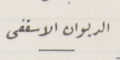
الديوان الاسقفى